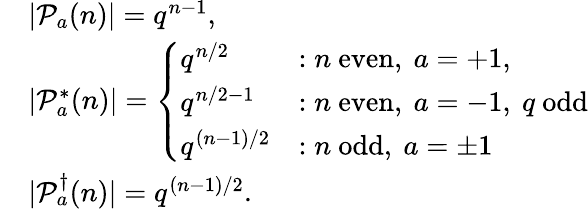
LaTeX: \begin{array}{rl}&{|\mathcal{P}_{a}(n)|=q^{n-1},}\\ &{|\mathcal{P}_{a}^{*}(n)|=\left\{ \begin{array}{ll}{q^{n/2}}&{:n~\mathrm{even},~a=+1,}\\ {q^{n/2-1}}&{:n~\mathrm{even},~a=-1,~q~\mathrm{odd}}\\ {q^{(n-1)/2}}&{:n~\mathrm{odd},~a=\pm 1}\end{array}\right.}\\ &{|\mathcal{P}_{a}^{\dagger}(n)|=q^{(n-1)/2}.}\end{array}